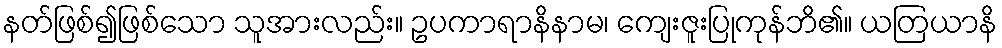
နတ်ဖြစ်၍ဖြစ်သော သူအားလည်း။ ဥပကာရာနိနာမ၊ ကျေးဇူးပြုကုန်ဘိ၏။ ယတြယာနိ